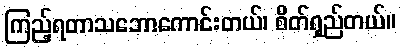
ကြည့်ရတာသဘောကောင်းတယ်၊ စိတ်ရှည်တယ်။